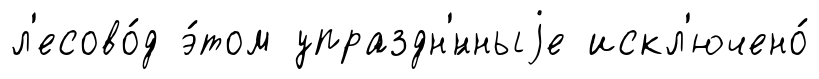
л'есово́д э́том упраздн'́нныjе искл'ючено́